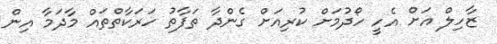
ޒާހިލް އަށް އެހީ ހޯދުމަށް ކުރިއަށް ގެންދާ ތަފާތު ހަރަކާތްތައް މާދަމާ އިން